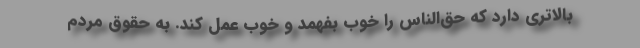
بالاتری دارد که حق‌الناس را خوب بفهمد و خوب عمل کند. به حقوق مردم